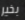
بخير